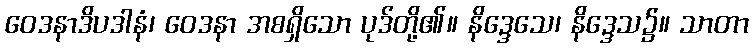
ဝေဒနာဒိပဒါနံ၊ ဝေဒနာ အစရှိသော ပုဒ်တို့၏။ နိဒ္ဒေသေ၊ နိဒ္ဒေသ၌။ သာတာ